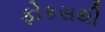
ફોકસથી